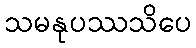
သမနုပဿသိပေ